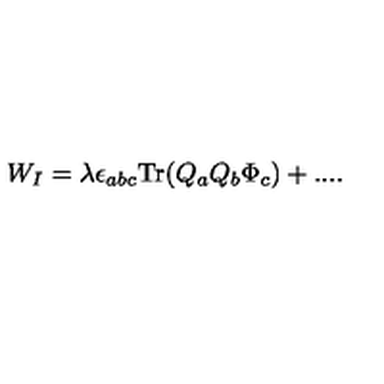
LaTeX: W _ { I } = \lambda \epsilon _ { a b c } { \mathrm { T r } } ( Q _ { a } Q _ { b } \Phi _ { c } ) + . . . .